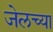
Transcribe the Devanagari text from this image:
जेलच्या